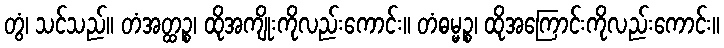
တွံ၊ သင်သည်။ တံအတ္ထဉ္စ၊ ထိုအကျိုးကိုလည်းကောင်း။ တံဓမ္မဉ္စ၊ ထိုအကြောင်းကိုလည်းကောင်း။